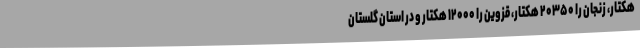
هکتار، زنجان را ۲۰۳۵۰ هکتار، قزوین را ۱۲۰۰۰ هکتار و در استان گلستان